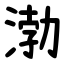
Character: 渤